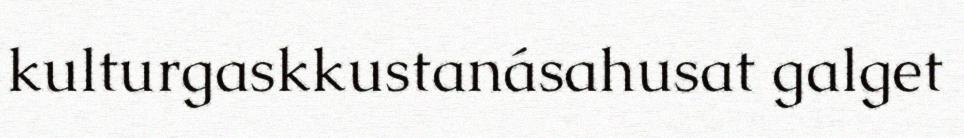
kulturgaskkustanásahusat galget